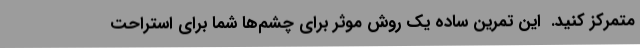
متمرکز کنید.  این تمرین ساده یک روش موثر برای چشم‌ها شما برای استراحت